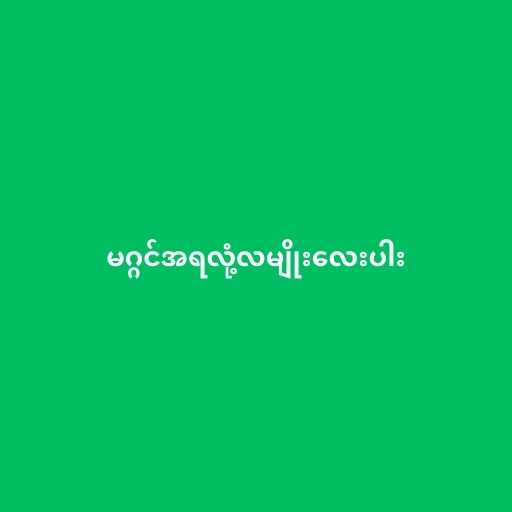
မဂ္ဂင်အရလုံ့လမျိုးလေးပါး